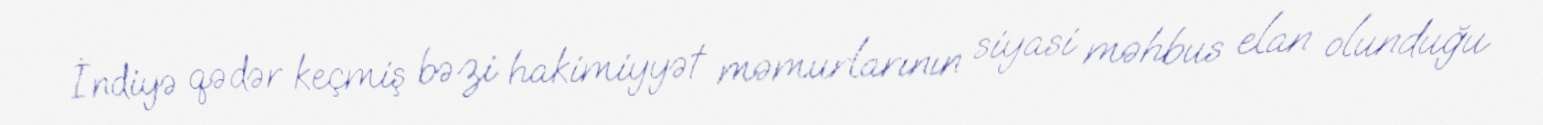
İndiyə qədər keçmiş bəzi hakimiyyət məmurlarının siyasi məhbus elan olunduğu